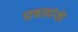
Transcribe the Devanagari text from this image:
प्रवाहांशी